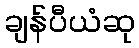
ချန်ပီယံဆု